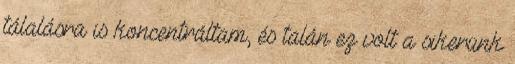
tálalásra is koncentráltam, és talán ez volt a sikerünk